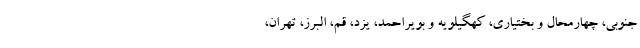
جنوبی، چهارمحال و بختیاری، کهگیلویه و بویراحمد، یزد، قم، البرز، تهران،